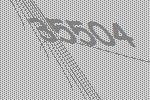
35504